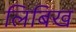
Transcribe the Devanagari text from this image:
लिबिख